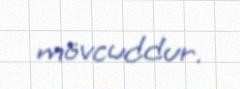
mövcuddur.